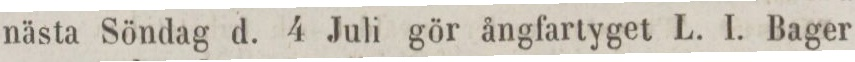
nästa Söndag d. 4 Juli gör ångfartyget L. I. Bager